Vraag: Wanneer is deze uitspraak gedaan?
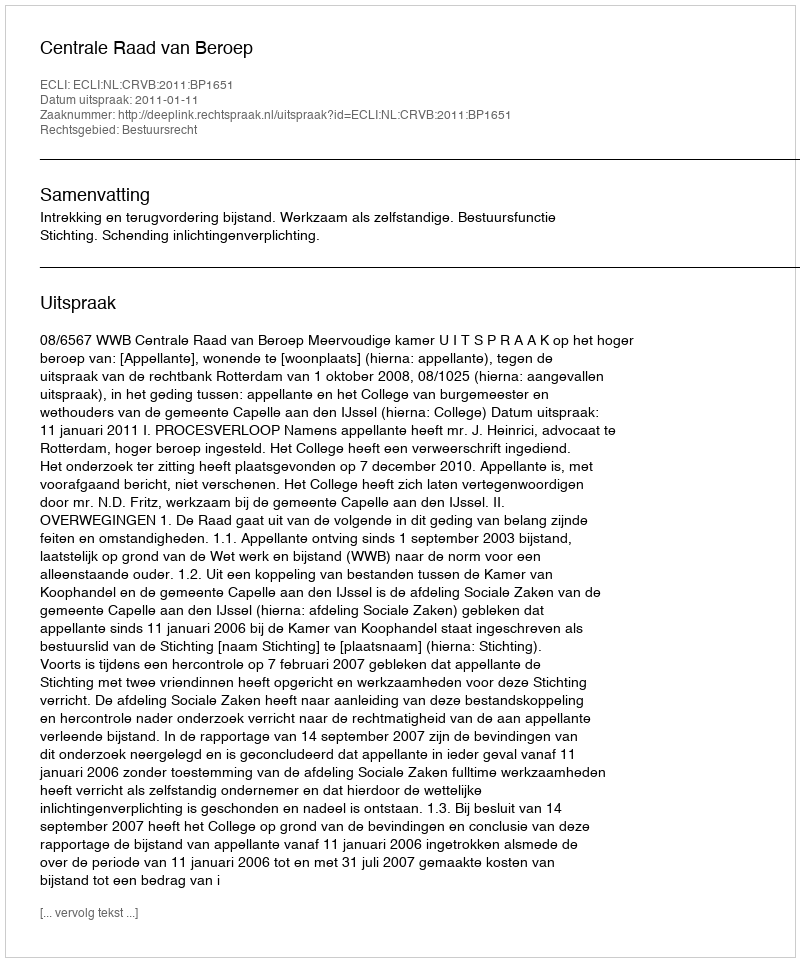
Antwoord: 2011-01-11